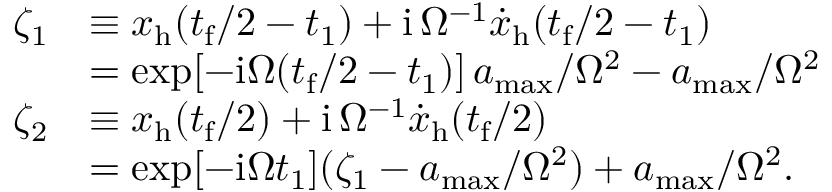
\begin{array} { r l } { \zeta _ { 1 } } & { \equiv x _ { \mathrm { h } } ( t _ { \mathrm { f } } / 2 - t _ { 1 } ) + \mathrm { i } \, \Omega ^ { - 1 } { \dot { x } } _ { \mathrm { h } } ( t _ { \mathrm { f } } / 2 - t _ { 1 } ) } \\ & { = \exp [ - \mathrm { i } \Omega ( t _ { \mathrm { f } } / 2 - t _ { 1 } ) ] \, a _ { \mathrm { m a x } } / \Omega ^ { 2 } - a _ { \mathrm { m a x } } / \Omega ^ { 2 } } \\ { \zeta _ { 2 } } & { \equiv x _ { \mathrm { h } } ( t _ { \mathrm { f } } / 2 ) + \mathrm { i } \, \Omega ^ { - 1 } { \dot { x } } _ { \mathrm { h } } ( t _ { \mathrm { f } } / 2 ) } \\ & { = \exp [ - \mathrm { i } \Omega t _ { 1 } ] ( \zeta _ { 1 } - a _ { \mathrm { m a x } } / \Omega ^ { 2 } ) + a _ { \mathrm { m a x } } / \Omega ^ { 2 } . } \end{array}